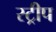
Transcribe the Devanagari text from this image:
स्‍ट्रीप